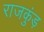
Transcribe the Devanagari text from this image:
राजकुंड़